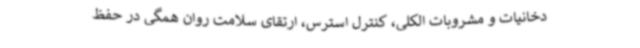
دخانیات و مشروبات الکلی، کنترل استرس، ارتقای سلامت روان همگی در حفظ